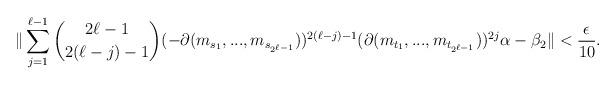
LaTeX: \begin{align*} \|\sum_{j=1}^{\ell-1}\binom{2\ell-1}{2(\ell-j)-1}(-\partial(m_{s_1},...,m_{s_{2^{\ell-1}}}))^{2(\ell-j)-1}(\partial(m_{t_1},...,m_{t_{2^{\ell-1}}}))^{2j}\alpha-\beta_2\|<\frac{\epsilon}{10}.\end{align*}